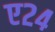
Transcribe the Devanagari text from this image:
ए२४